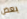
بعض